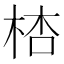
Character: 𣒙